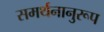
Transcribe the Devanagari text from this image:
समर्थनानुरूप